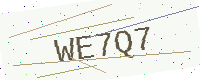
Text: WE7Q7